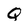
Character: Q